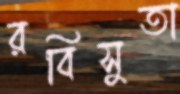
রবিসুতা